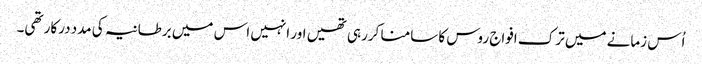
اُس زمانے میں ترک افواج روس کا سامنا کررہی تھیں اور انہیں اس میں برطانیہ کی مدد درکار تھی۔